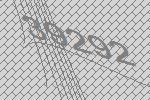
39292